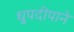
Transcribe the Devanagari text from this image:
धुपदीपाने